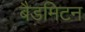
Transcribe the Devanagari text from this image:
बैडमिटन